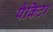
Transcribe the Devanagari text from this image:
पैकिटा